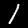
Label: 1